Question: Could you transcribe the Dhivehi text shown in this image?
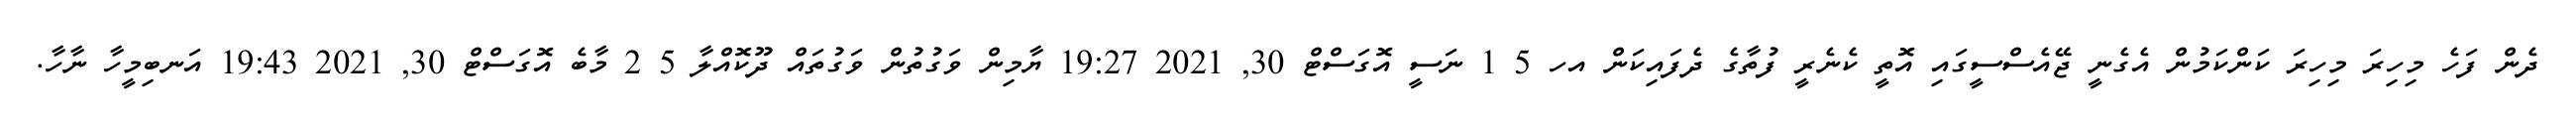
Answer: ދެން ފަހެ މިހިރަ މިހިރަ ކަންކަމުން އެގެނީ ޖޭއެސްސީގައި އޮތީ ކެނެރީ ފުތާގެ ދެފައިކަން އހ 5 1 ނަސީ އޮގަސްޓް 30, 2021 19:27 ޔާމިން ވަގުތުން ވަގުތައް ދޫކޮއްލާ 5 2 މާބެ އޮގަސްޓް 30, 2021 19:43 އަނބިމީހާ ނާހާ.